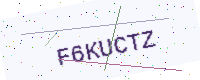
Text: F6KUCTZ